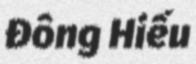
Đông Hiếu